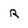
Character: R